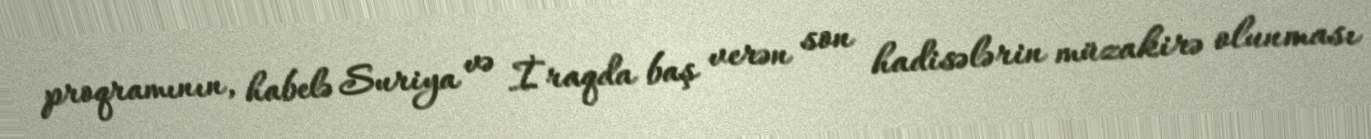
proqramının, habelə Suriya və İraqda baş verən son hadisələrin müzakirə olunması